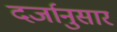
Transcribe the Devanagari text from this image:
दर्जानुसार